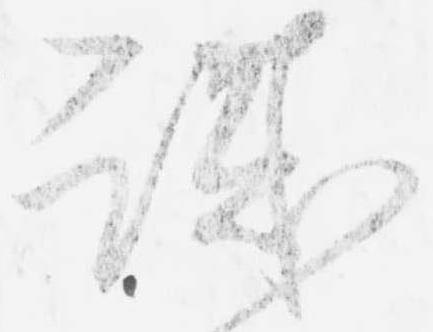
誠